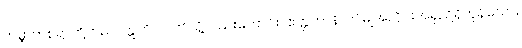
ကမ္ဘာတစ်ရာတို့တည်။ ဣတိ ဝါ၊ ဤသို့လည်းကောင်း။ ဧတ္တကာနိ၊ ဤမျှအတိုင်းအရှည်ရှိကုန်သော။